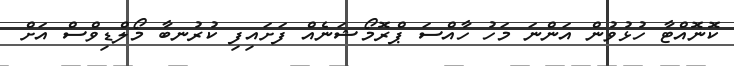
ކޮނޮއްޓާ ހުޅުވުން އަންނަ މަހު ހާއްސަ ޕްރޮމޯޝަނެއް ފަށައިފި ކުރުނބާ މޯލްޑިވްސް އަށް